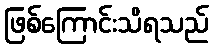
ဖြစ်ကြောင်းသိရသည်